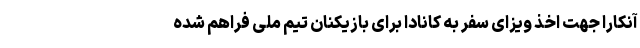
آنکارا جهت اخذ ویزای سفر به کانادا برای بازیکنان تیم ملی فراهم شده